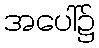
အပေါ်၌